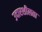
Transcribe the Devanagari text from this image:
उदारशीलता